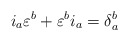
\begin{align*}i_{a}\varepsilon^{b} + \varepsilon^{b}i_{a} = \delta_{a}^{b}\end{align*}